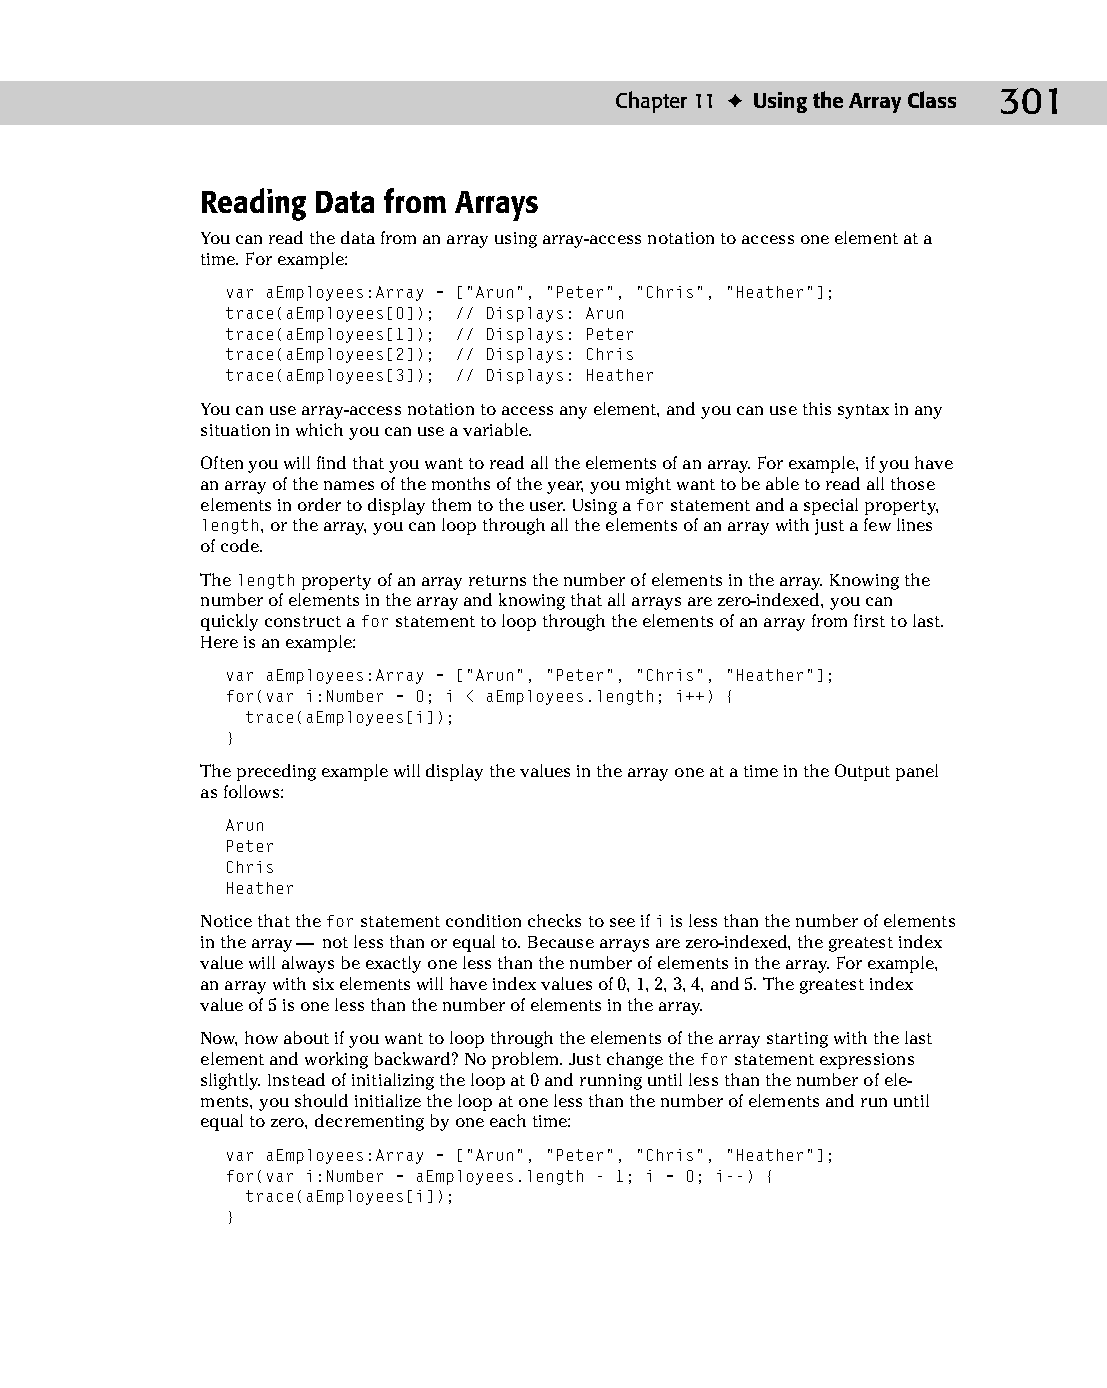
16 543547 ch11.qxd 3/24/04 3:48 PM Page 301
 Chapter 11 ✦ Using the Array Class 301
 Reading Data from Arrays
 You can read the data from an array using array-access notation to access one element at a
 time. For example:
 var aEmployees:Array = [“Arun”, “Peter”, “Chris”, “Heather”];
 trace(aEmployees[0]); // Displays: Arun
 trace(aEmployees[1]); // Displays: Peter
 trace(aEmployees[2]); // Displays: Chris
 trace(aEmployees[3]); // Displays: Heather
 You can use array-access notation to access any element, and you can use this syntax in any
 situation in which you can use a variable.
 Often you will find that you want to read all the elements of an array. For example, if you have
 an array of the names of the months of the year, you might want to be able to read all those
 elements in order to display them to the user. Using a for statement and a special property,
 length, or the array, you can loop through all the elements of an array with just a few lines
 of code.
 The length property of an array returns the number of elements in the array. Knowing the
 number of elements in the array and knowing that all arrays are zero-indexed, you can
 quickly construct a for statement to loop through the elements of an array from first to last.
 Here is an example:
 var aEmployees:Array = [“Arun”, “Peter”, “Chris”, “Heather”];
 for(var i:Number = 0; i < aEmployees.length; i++) {
 trace(aEmployees[i]);
 }
 The preceding example will display the values in the array one at a time in the Output panel
 as follows:
 Arun
 Peter
 Chris
 Heather
 Notice that the for statement condition checks to see if i is less than the number of elements
 in the array — not less than or equal to. Because arrays are zero-indexed, the greatest index
 value will always be exactly one less than the number of elements in the array. For example,
 an array with six elements will have index values of 0, 1, 2, 3, 4, and 5. The greatest index
 value of 5 is one less than the number of elements in the array.
 Now, how about if you want to loop through the elements of the array starting with the last
 element and working backward? No problem. Just change the for statement expressions
 slightly. Instead of initializing the loop at 0 and running until less than the number of ele­
 ments, you should initialize the loop at one less than the number of elements and run until
 equal to zero, decrementing by one each time:
 var aEmployees:Array = [“Arun”, “Peter”, “Chris”, “Heather”];
 for(var i:Number = aEmployees.length - 1; i = 0; i--) {
 trace(aEmployees[i]);
 }